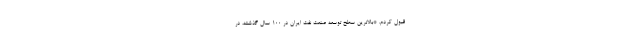
قبول کردم. *بالاترین سطح توسعه صنعت نفت ایران در ۱۰۰ سال گذشته، در